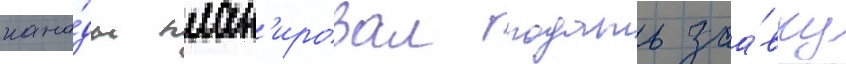
кана́ды план'ировал подать заа́вку